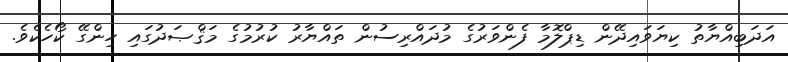
އަދަބިއްޔާތު ކިޔަވައިދޭން ޑިޕްލޮމާ ފެންވަރުގެ މުދައްރިސުން ތައްޔާރު ކުރުމުގެ މަޤްޞަދުގައި ހިންގޭ ކޯހެކެވެ.